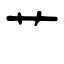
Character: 艹